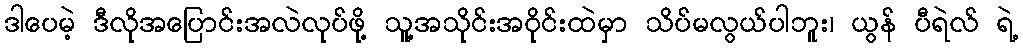
ဒါပေမဲ့ ဒီလိုအပြောင်းအလဲလုပ်ဖို့ သူ့အသိုင်းအဝိုင်းထဲမှာ သိပ်မလွယ်ပါဘူး၊ ယွန် ပီရဲလ် ရဲ့